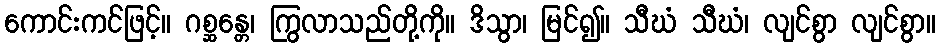
ကောင်းကင်ဖြင့်။ ဂစ္ဆန္တေ၊ ကြွလာသည်တို့ကို။ ဒိသွာ၊ မြင်၍။ သီဃံ သီဃံ၊ လျင်စွာ လျင်စွာ။